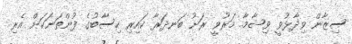
ސިޒާން ވިދާޅުވީ ވިޝާމާ މަރުވީ ރަށު ބަނދަރާ ކައިރި ހިސާބުގެ ފުންތަނަކަށް އެރި